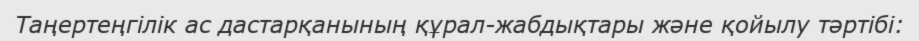
Таңертеңгілік ас дастарқанының құрал-жабдықтары және қойылу тәртібі: